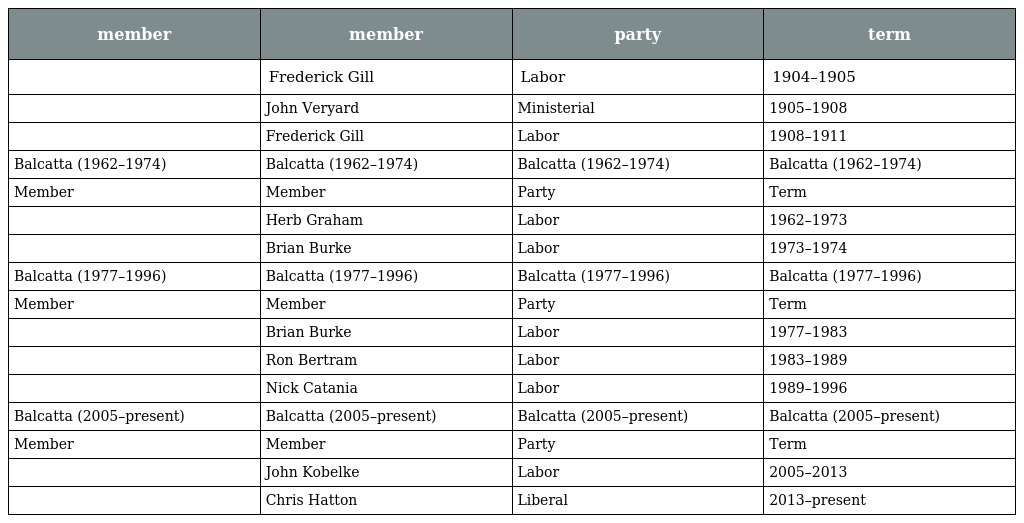
| member | member | party | term |
 | --- | --- | --- | --- |
 |  | Frederick Gill | Labor | 1904–1905 |
 |  | John Veryard | Ministerial | 1905–1908 |
 |  | Frederick Gill | Labor | 1908–1911 |
 | Balcatta (1962–1974) | Balcatta (1962–1974) | Balcatta (1962–1974) | Balcatta (1962–1974) |
 | Member | Member | Party | Term |
 |  | Herb Graham | Labor | 1962–1973 |
 |  | Brian Burke | Labor | 1973–1974 |
 | Balcatta (1977–1996) | Balcatta (1977–1996) | Balcatta (1977–1996) | Balcatta (1977–1996) |
 | Member | Member | Party | Term |
 |  | Brian Burke | Labor | 1977–1983 |
 |  | Ron Bertram | Labor | 1983–1989 |
 |  | Nick Catania | Labor | 1989–1996 |
 | Balcatta (2005–present) | Balcatta (2005–present) | Balcatta (2005–present) | Balcatta (2005–present) |
 | Member | Member | Party | Term |
 |  | John Kobelke | Labor | 2005–2013 |
 |  | Chris Hatton | Liberal | 2013–present |